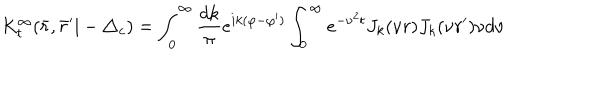
LaTeX: K _ { t } ^ { \infty } ( \bar { r } , \bar { r } ^ { \prime } | - \triangle _ { c } ) = \int _ { 0 } ^ { \infty } \frac { d k } { \pi } e ^ { i k ( \varphi - \varphi ^ { \prime } ) } \int _ { 0 } ^ { \infty } e ^ { - \nu ^ { 2 } t } J _ { k } ( \nu r ) J _ { k } ( \nu r ^ { \prime } ) \nu d \nu